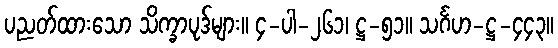
ပညတ်ထားသော သိက္ခာပုဒ်များ။ ၄-ပါ-၂၆၁၊ ဋ္ဌ-၅၁။ သင်္ဂဟ-ဋ္ဌ-၄၄၃။